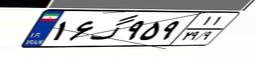
۱۶گ۹۵۹۱۱